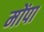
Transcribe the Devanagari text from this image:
मोंपा